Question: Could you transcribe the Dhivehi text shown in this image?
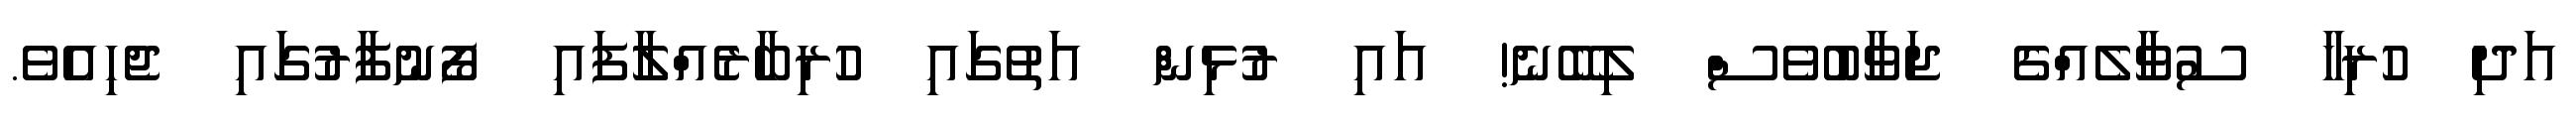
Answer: އަދި ހުރިހާ ސުވާލެއްގެ ޖަވާބުވެސް ލިބޭނެ! އައި ރުޅިން އަތުގައި ހުރިބާރެއްލާފައި ފޯނުފާރުގައި ޖެހިއެވެ.